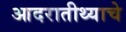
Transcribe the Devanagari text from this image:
आदरातीथ्याचे